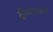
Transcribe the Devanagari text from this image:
दीपस्तंभाचे